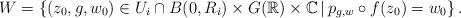
LaTeX: \begin{align*}W = \left\{ (z_{0},g,w_{0})\in U_{i}\cap B(0,R_{i})\times G(\mathbb{R})\times\mathbb{C} \mathop{|} p_{g,w}\circ f(z_{0})=w_{0} \right\}.\end{align*}